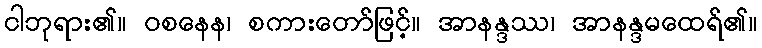
ငါဘုရား၏။ ဝစနေန၊ စကားတော်ဖြင့်။ အာနန္ဒဿ၊ အာနန္ဒမထေရ်၏။